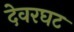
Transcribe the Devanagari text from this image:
देवरघट